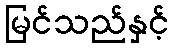
မြင်သည်နှင့်